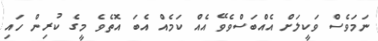
ނަމަވެސް ވަކީލަށް އެއްބަސްވެވޭ އެއް ކަމެއް އެބަ އޮތެވެ މީގެ ކުރިން ހައި